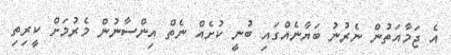
އެ ޖަމާއަތުން ނެރުނު ބަޔާނެއްގައި ބުނީ ކުށެއް ނެތް އިންސާނުން މެރުމަށް ކީރިތި